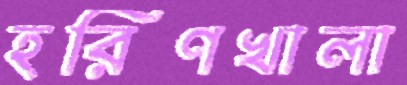
হরিণখালা